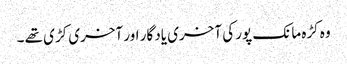
وہ کڑہ مانک پور کی آخری یاد گار اور آخری کڑی تھے ۔